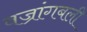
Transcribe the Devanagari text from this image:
वज्रांगबली